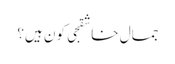
جمال خاشقجی کون ہیں؟